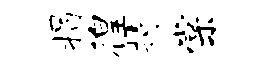
揭徨持棠